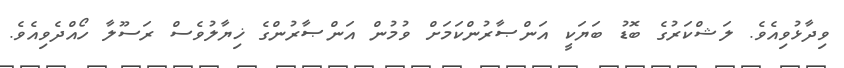
ވިދާޅުވިއެވެ. ލަޝްކަރުގެ ބޮޑު ބަޔަކީ އަންޞާރުންކަމަށް ވުމުން އަންޞާރުންގެ ޚިޔާލުވެސް ރަސޫލާ ހޯއްދެވިއެވެ.